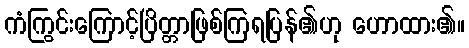
ကံကြွင်းကြောင့်ပြိတ္တာဖြစ်ကြရပြန်၏ဟု ဟောထား၏။